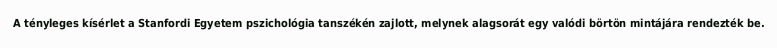
A tényleges kísérlet a Stanfordi Egyetem pszichológia tanszékén zajlott, melynek alagsorát egy valódi börtön mintájára rendezték be.